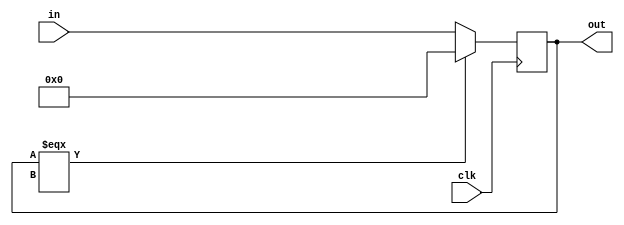
module TTbitReg (clk, in, out);
    input   clk;
    input	[31:0]	in;
    output 	[31:0] 	out;
    reg 	[31:0]	out;

    always @(posedge clk)
    begin
        if (out === 32'bX) out <= 32'd0;
        else out <= in;
    end

endmodule